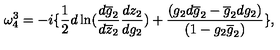
\omega _ { 4 } ^ { 3 } = - i \{ \frac { 1 } { 2 } d \ln ( \frac { d \overline { { g } } _ { 2 } } { d \overline { { z } } _ { 2 } } \frac { d z _ { 2 } } { d g _ { 2 } } ) + \frac { ( g _ { 2 } d \overline { { g } } _ { 2 } - \overline { { g } } _ { 2 } d g _ { 2 } ) } { ( 1 - g _ { 2 } \overline { { g } } _ { 2 } ) } \} ,